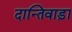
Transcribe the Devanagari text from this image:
दान्तिवाड़ा